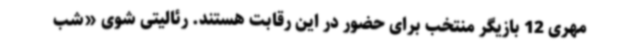
مهری 12 بازیگر منتخب برای حضور در این رقابت هستند. رئالیتی شوی «شب